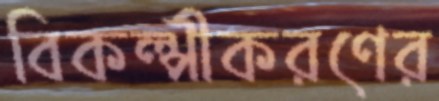
বিকল্পীকরণের